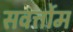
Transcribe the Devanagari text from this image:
सवर्त्तोम